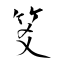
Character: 笅